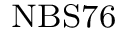
{ } _ { \mathrm { N B S 7 6 } }